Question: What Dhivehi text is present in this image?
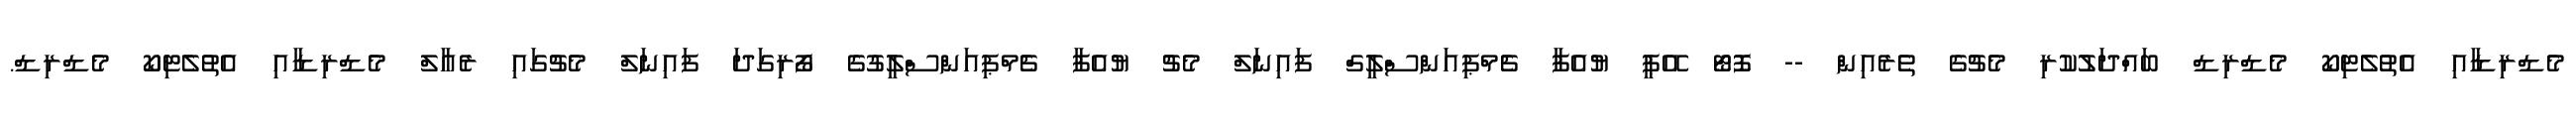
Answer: މެޑްރިޑާއި އެތުލެޓިކޯ މެޑްރިޑް ބައްދަލުކުރި މެޗުގެ ތެރެއިން -- ފޮޓޯ އޭޕީ ޔުއެފާ ޗެމްޕިއަންސްލީގް ފައިނަލް މެޗު ޔުއެފާ ޗެމްޕިއަންސްލީގުގެ ފޯރިގަދަ ފައިނަލް މެޗުގައި ރެއާލް މެޑްރިޑާއި އެތުލެޓިކޯ މެޑްރިޑް.